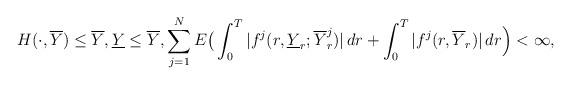
LaTeX: \begin{align*}H(\cdot,\overline{Y})\le \overline{Y},\underline{Y}\le\overline{Y},\sum_{j=1}^NE\big(\int_0^T|f^j(r,\underline{Y}_r;\overline{Y}^j_r)|\,dr+\int_0^T|f^j(r,\overline{Y}_r)|\,dr\Big)<\infty,\end{align*}